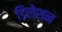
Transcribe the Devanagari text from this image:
डिलेशन